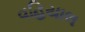
વહિયાલ